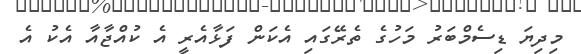
މިދިޔަ ޑިސެމްބަރު މަހުގެ ތެރޭގައި އެކަން ފަޅާއެރީ އެ ކުއްޖާއާ އެކު އެ